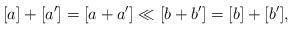
LaTeX: \begin{align*}[a]+[a']=[a+a']\ll [b+b']=[b]+[b'],\end{align*}